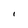
Character: l